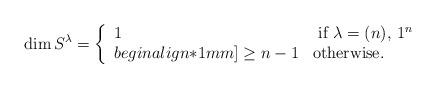
LaTeX: \begin{align*}\dim S^{\lambda} = \left\{\begin{array}{ll} 1 & \mbox{ if $\lambda = (n), \, 1^n$} \\begin{align*}1mm]\geq n-1 & \mbox{otherwise}. \end{array}\right.\end{align*}